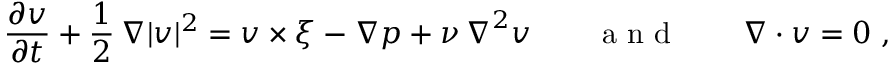
\frac { \partial \boldsymbol v } { \partial t } + \frac { 1 } { 2 } \, \boldsymbol \nabla | \boldsymbol v | ^ { 2 } = \boldsymbol v \times \boldsymbol \xi - { \boldsymbol \nabla } p + \nu \, \boldsymbol \nabla ^ { 2 } \boldsymbol v \qquad \mathrm { ~ a ~ n ~ d ~ } \qquad \boldsymbol \nabla \cdot \boldsymbol v = 0 \ ,